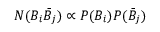
N ( B _ { i } \bar { B } _ { j } ) \propto P ( B _ { i } ) P ( \bar { B } _ { j } )